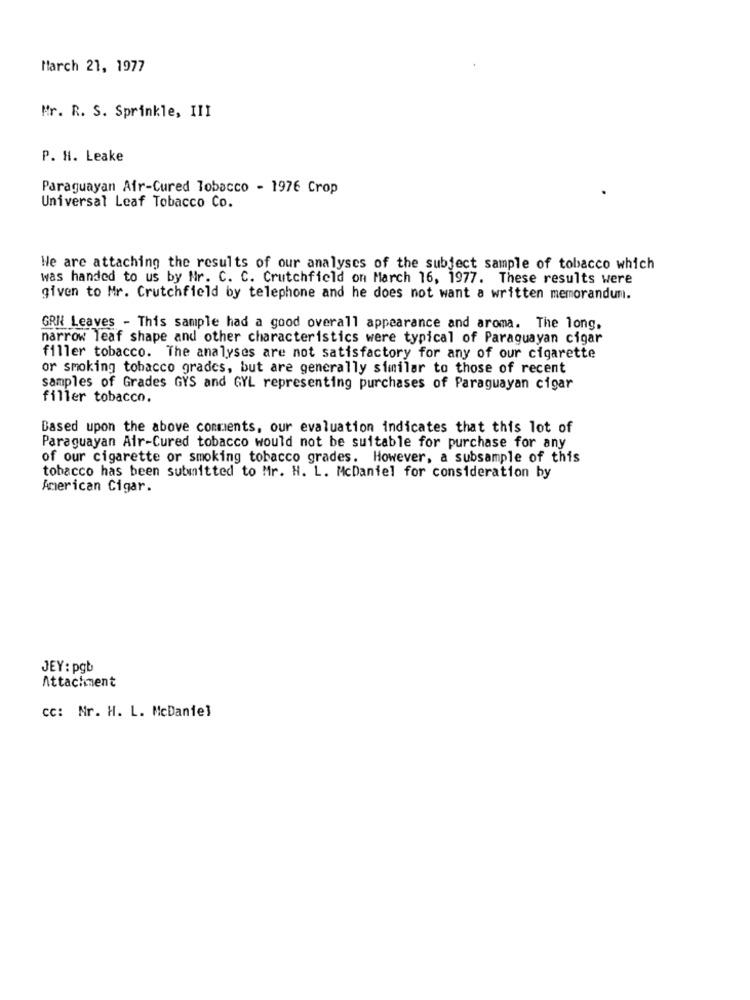
March 21, 1977
Mr. R. S. Sprinkle, III
P. H. Leake
Paraguayan Air-Cured Tobacco - 1976 Crop
Universal Leaf Tobacco Co.
We are attaching the results of our analyses of the subject sample of tobacco which
was handed to us by Nr. C. C. Crutchfield on March 16, 1977. These results were
given to Mr. Crutchfield by telephone and he does not want a written memorandum.
GRN Leaves - This sample had a good overall appearance and aroma. The long,
narrow leaf shape and other characteristics were typical of Paraguayan cigar
filler tobacco. The analyses are not satisfactory for any of our cigarette
or smoking tobacco grades, but are generally similar to those of recent
samples of Grades GYS and GYL representing purchases of Paraguayan cigar
filler tobacco.
Based upon the above comments, our evaluation indicates that this lot of
Paraguayan Air-Cured tobacco would not be suitable for purchase for any
of our cigarette or smoking tobacco grades. However, a subsample of this
tobacco has been submitted to Mr. H. L. McDaniel for consideration by
American Cigar.
JEY: pgb
Attachment
cc: Nr. H. L. McDaniel